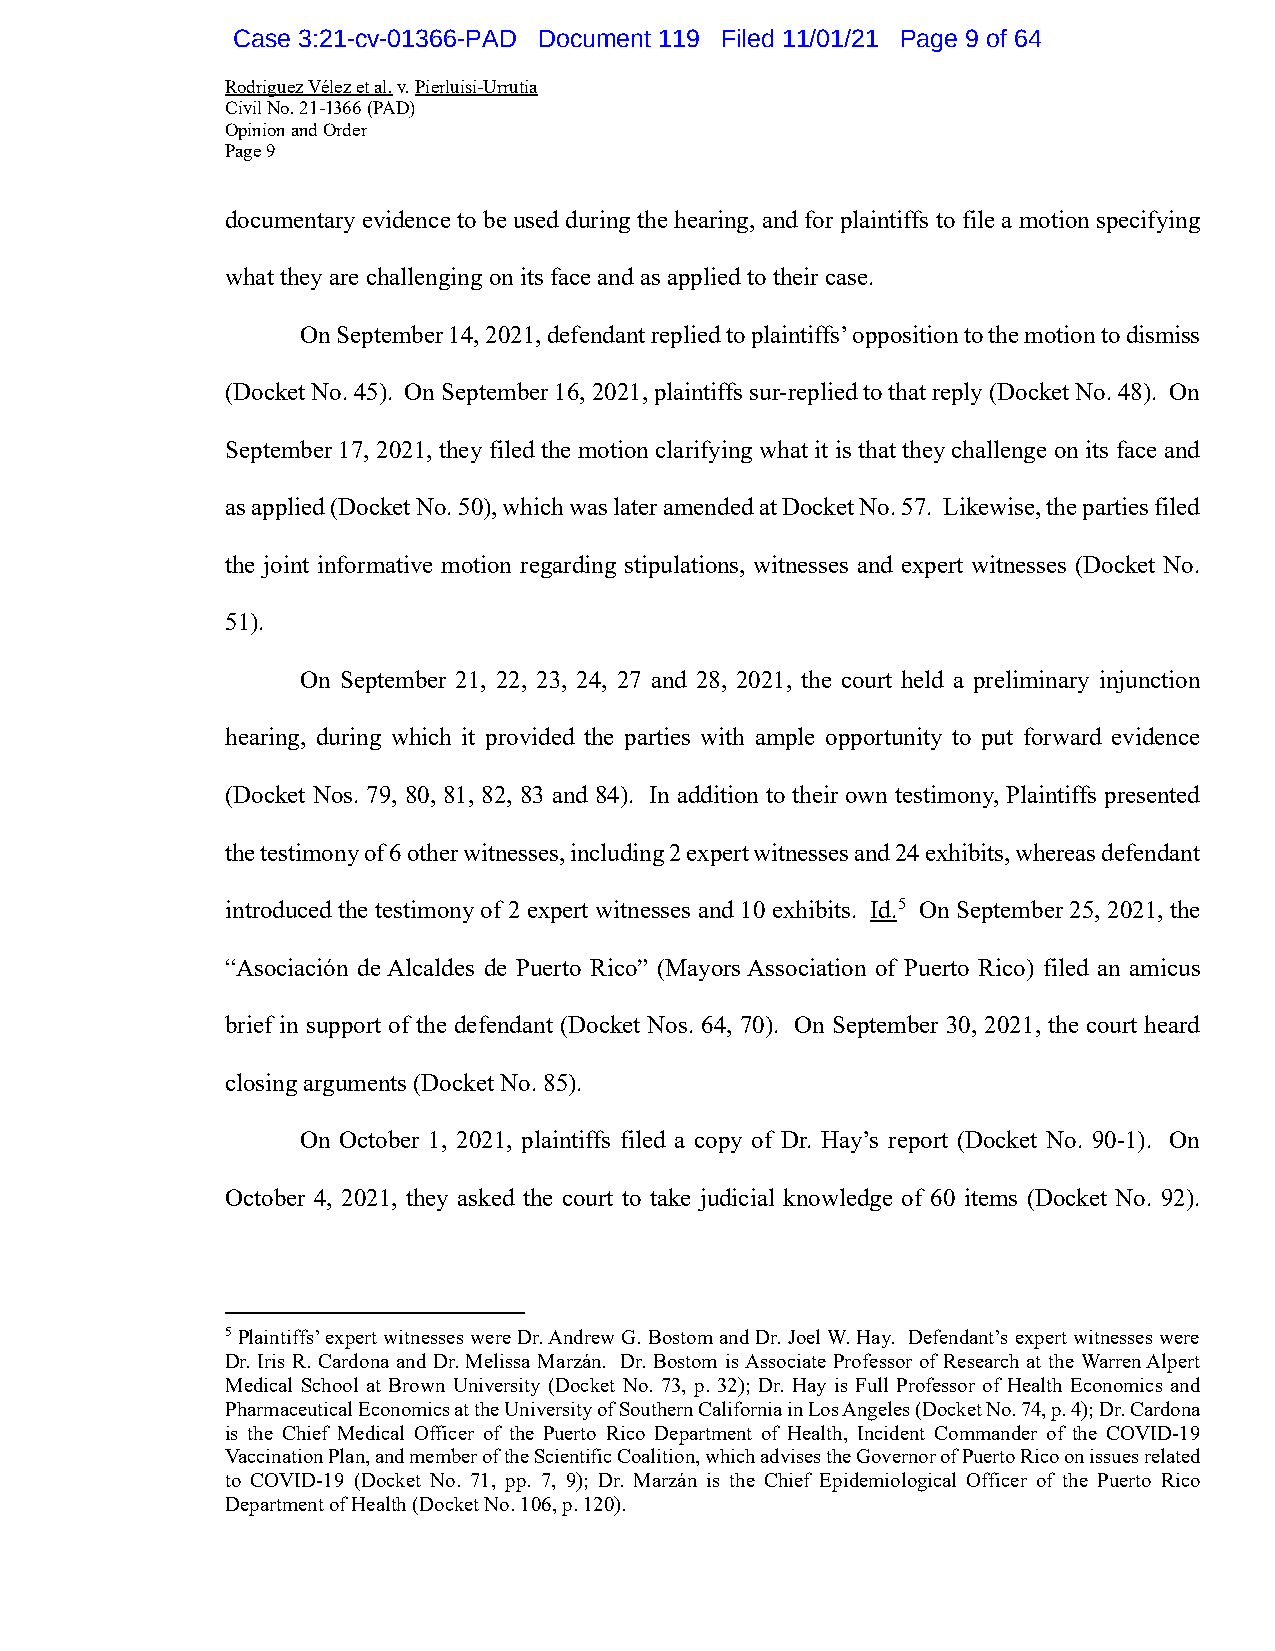
Case 3:21-cv-01366-PAD Document 119 Filed 11/01/21 Page 9 of 64
 Rodriguez Vélez et al. v. Pierluisi-Urrutia
 Civil No. 21-1366 (PAD)
 Opinion and Order
 Page 9
 documentary evidence to be used during the hearing, and for plaintiffs to file a motion specifying
 what they are challenging on its face and as applied to their case.
 On September 14, 2021, defendant replied to plaintiffs’ opposition to the motion to dismiss
 (Docket No. 45). On September 16, 2021, plaintiffs sur-replied to that reply (Docket No. 48). On
 September 17, 2021, they filed the motion clarifying what it is that they challenge on its face and
 as applied (Docket No. 50), which was later amended at Docket No. 57. Likewise, the parties filed
 the joint informative motion regarding stipulations, witnesses and expert witnesses (Docket No.
 51).
 On September 21, 22, 23, 24, 27 and 28, 2021, the court held a preliminary injunction
 hearing, during which it provided the parties with ample opportunity to put forward evidence
 (Docket Nos. 79, 80, 81, 82, 83 and 84). In addition to their own testimony, Plaintiffs presented
 the testimony of 6 other witnesses, including 2 expert witnesses and 24 exhibits, whereas defendant
 introduced the testimony of 2 expert witnesses and 10 exhibits. Id.5 On September 25, 2021, the
 “Asociación de Alcaldes de Puerto Rico” (Mayors Association of Puerto Rico) filed an amicus
 brief in support of the defendant (Docket Nos. 64, 70). On September 30, 2021, the court heard
 closing arguments (Docket No. 85).
 On October 1, 2021, plaintiffs filed a copy of Dr. Hay’s report (Docket No. 90-1). On
 October 4, 2021, they asked the court to take judicial knowledge of 60 items (Docket No. 92).
 5 Plaintiffs’ expert witnesses were Dr. Andrew G. Bostom and Dr. Joel W. Hay. Defendant’s expert witnesses were
 Dr. Iris R. Cardona and Dr. Melissa Marzán. Dr. Bostom is Associate Professor of Research at the Warren Alpert
 Medical School at Brown University (Docket No. 73, p. 32); Dr. Hay is Full Professor of Health Economics and
 Pharmaceutical Economics at the University of Southern California in Los Angeles (Docket No. 74, p. 4); Dr. Cardona
 is the Chief Medical Officer of the Puerto Rico Department of Health, Incident Commander of the COVID-19
 Vaccination Plan, and member of the Scientific Coalition, which advises the Governor of Puerto Rico on issues related
 to COVID-19 (Docket No. 71, pp. 7, 9); Dr. Marzán is the Chief Epidemiological Officer of the Puerto Rico
 Department of Health (Docket No. 106, p. 120).